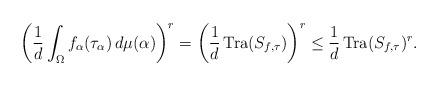
LaTeX: \begin{align*} \left(\frac{1}{d}\int_\Omega f_\alpha(\tau_\alpha)\, d \mu(\alpha)\right)^r=\left(\frac{1}{d}\operatorname{Tra}(S_{f,\tau})\right)^r\leq \frac{1}{d}\operatorname{Tra}(S_{f,\tau})^r. \end{align*}